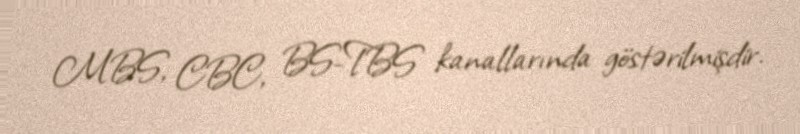
MBS, CBC, BS-TBS kanallarında göstərilmişdir.